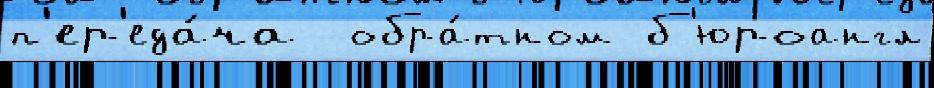
п'ер'еда́ча  обра́тном б'юроангл